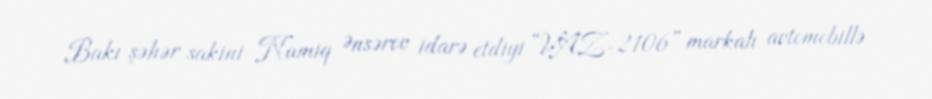
Bakı şəhər sakini Namiq Ənsərov idarə etdiyi “VAZ-2106” markalı avtomobillə